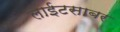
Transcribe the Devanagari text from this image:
लाईटसाबर